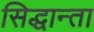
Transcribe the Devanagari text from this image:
सिद्धान्ता